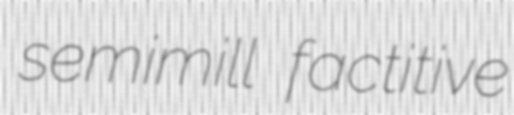
semimill factitive